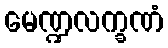
မေဏ္ဍလက္ခဏံ